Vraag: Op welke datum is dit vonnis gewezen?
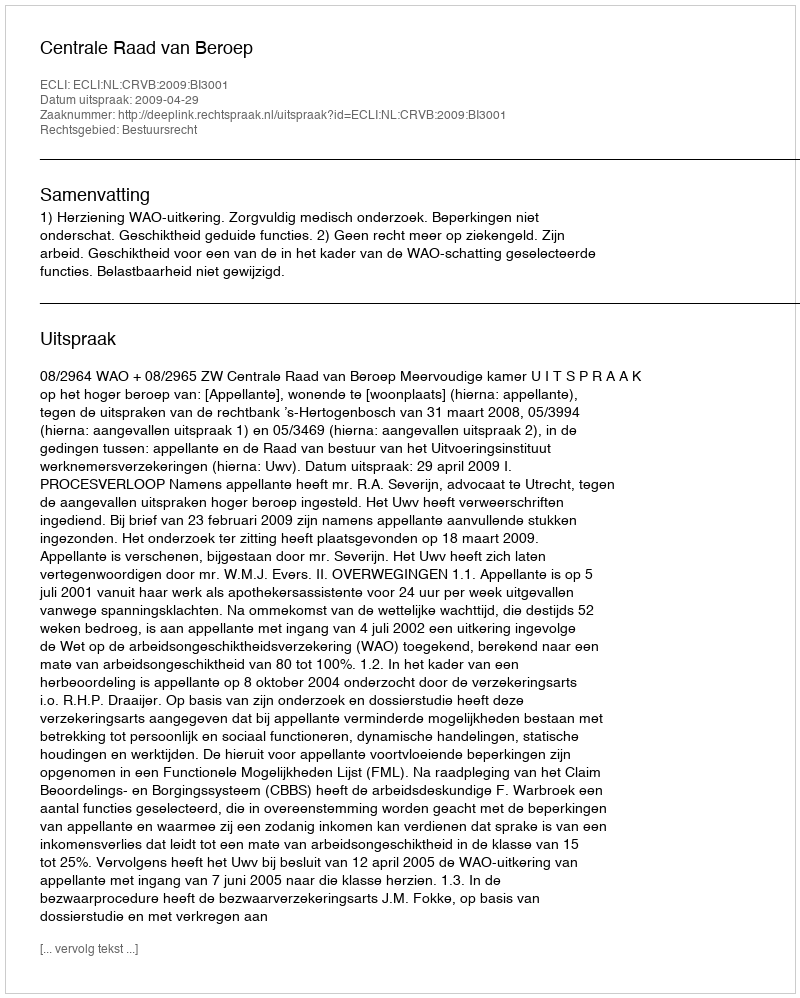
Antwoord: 2009-04-29